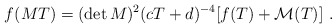
\begin{align*}f(MT)=(\det M )^{2} (cT+d)^{-4} [f(T)+{\cal M}(T)]\ .\end{align*}